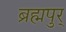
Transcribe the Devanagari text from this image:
ब्रह्मपुर्